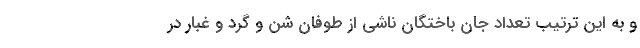
و به این ترتیب تعداد جان باختگان ناشی از طوفان شن و گرد و غبار در